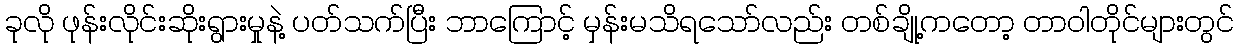
ခုလို ဖုန်းလိုင်းဆိုးရွားမှုနဲ့ ပတ်သက်ပြီး ဘာကြောင့် မှန်းမသိရသော်လည်း တစ်ချို့ကတော့ တာဝါတိုင်များတွင်